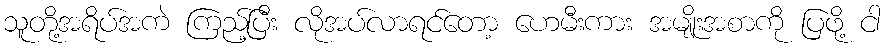
သူတို့အရိပ်အကဲ ကြည့်ပြီး လိုအပ်လာရင်တော့ ဟေမီးကား အမျိုးအစာကို ပြဖို့ ငါ